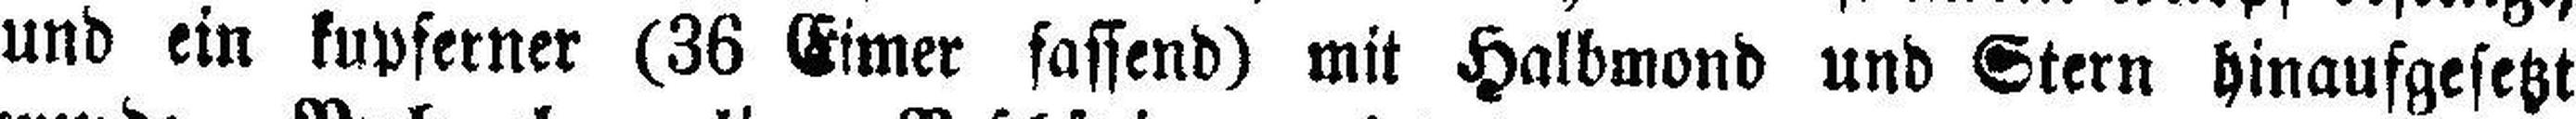
und ein kupferner (36 Eimer fassend) mit Halbmond und Stern hinaufgesetzt